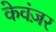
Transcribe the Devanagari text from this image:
केवंज़र